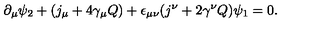
\partial _ { \mu } \psi _ { 2 } + ( j _ { \mu } + 4 \gamma _ { \mu } Q ) + \epsilon _ { \mu \nu } ( j ^ { \nu } + 2 \gamma ^ { \nu } Q ) \psi _ { 1 } = 0 .